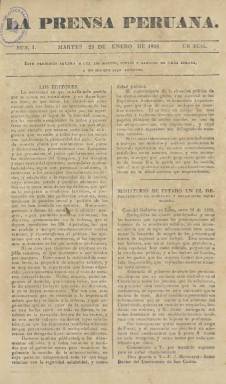
Título: La Prensa peruana
Otros títulos: Prensa extraordinaria || Alcance a La Prensa peruana
Colección: Periódicos anteriores a 1850
Ámbito geográfico: Perú
Lugar de publicación: Lima
Fechas: 29/01/1828-01/07/1829